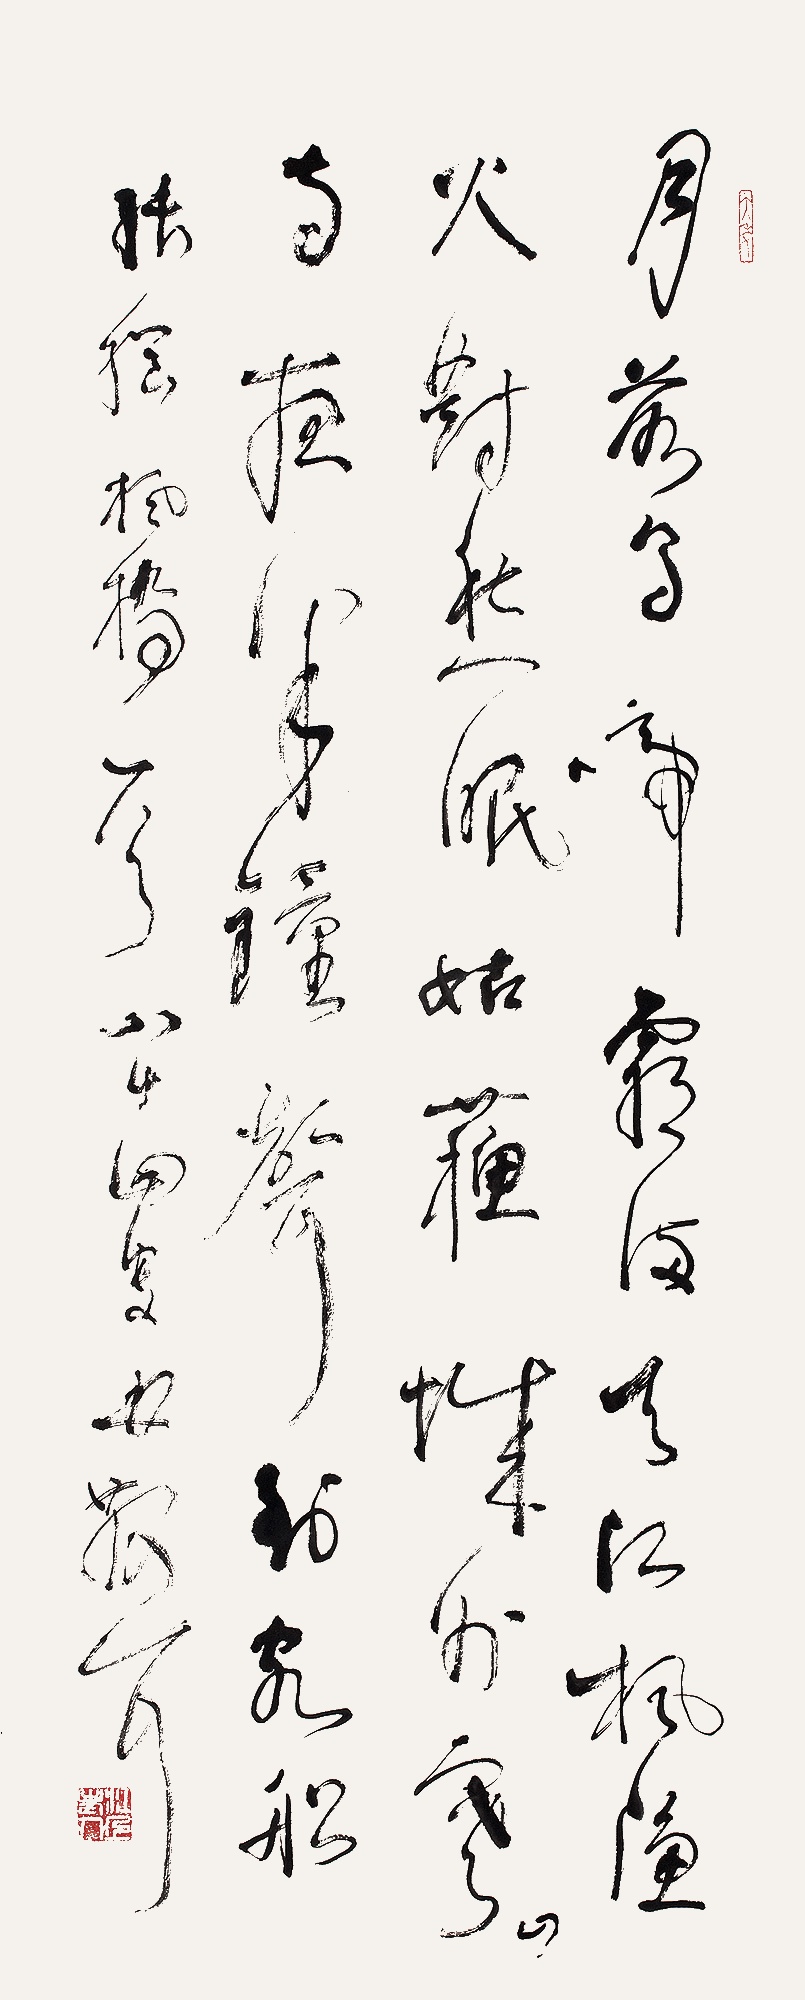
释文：月落乌啼霜满天，江枫渔火对愁眠。姑苏城外寒山寺，夜半钟声到客船。张继《枫桥》一首。八十四叟林散耳。